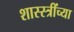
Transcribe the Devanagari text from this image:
शास्स्त्रींच्या